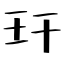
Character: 玕